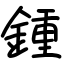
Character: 鍾